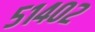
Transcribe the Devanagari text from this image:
५१४०२